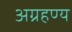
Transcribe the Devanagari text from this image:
अग्रहण्य